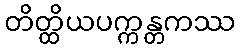
တိတ္ထိယပက္ကန္တကဿ